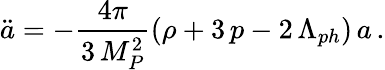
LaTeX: \ddot{a}=-\frac{4\pi}{3\, M_{P}^{2}}\left(\rho+3\, p-2\, \Lambda_{ph}\right)\, a\, .